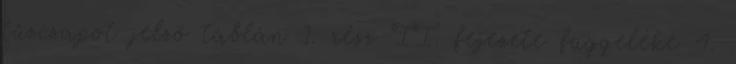
tûzcsapot jelzõ táblán 1. rész II. fejezete függeléke 4.